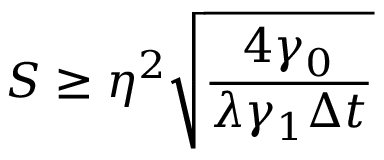
S \geq \eta ^ { 2 } \sqrt { \frac { 4 \gamma _ { 0 } } { \lambda \gamma _ { 1 } \Delta t } }